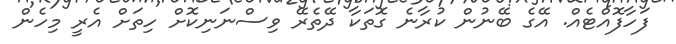
ފަހާފޮއްޓެއް. އޭގެ ބޭނުން ކުރާނެ ގޮތަކާ ދޭތެރޭ ވިސްނަނިކޮށް ހިތަށް އެރީ މިހެން